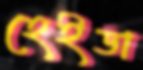
হেইডা